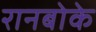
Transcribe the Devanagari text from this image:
रानबोके